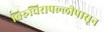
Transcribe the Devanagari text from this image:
तिरुचिरापल्लीपासून